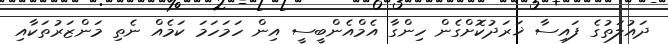
ދައުލަތުގެ ފައިސާ ޚަރަދުކޮށްގެން ހިންގާ އެމްއެންބީސީ އިން ހަމަހަމަ ކަމެއް ނެތި މަންޒަރުތަކާއި